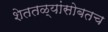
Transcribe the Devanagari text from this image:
शेततळ्यांसोबतच